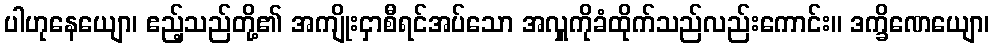
ပါဟုနေယျော၊ ဧည့်သည်တို့၏ အကျိုးငှာစီရင်အပ်သော အလှူကိုခံထိုက်သည်လည်းကောင်း။ ဒက္ခိဏေယျော၊